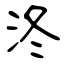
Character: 泈